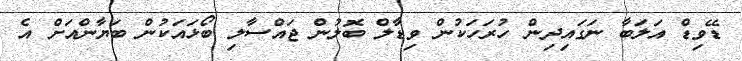
ޑޭވިޑް އަލަބާ ނަގައިދިން ހުރަހަކުން ވިޑާލް ބޮލުން ޖައްސާލި ބޯޅައަކުން ބަޔާންއަށް އެ